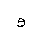
Letter: _waw